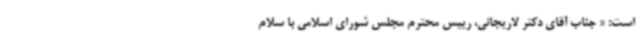
است: « جناب آقای دکتر لاریجانی، رییس محترم مجلس شورای اسلامی با سلام